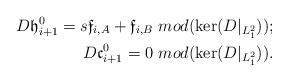
LaTeX: \begin{align*}D\mathfrak{h}^0_{i+1}=s\mathfrak{f}_{i,A}+\mathfrak{f}_{i,B}\mbox{ }mod(\ker(D|_{L^2_1}));\\D\mathfrak{c}^0_{i+1}=0\mbox{ }mod(\ker(D|_{L^2_1})).\end{align*}